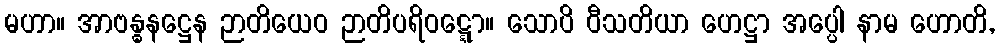
မဟာ။ အာဗန္ဓနဋ္ဌေန ဉာတိယေဝ ဉာတိပရိဝဋ္ဋော။ သောပိ ဝီသတိယာ ဟေဋ္ဌာ အပ္ပေါ နာမ ဟောတိ,